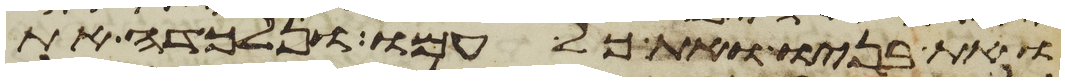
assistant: ואת בניו ואת כל עמו ונלכדה את